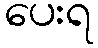
ပေးရ